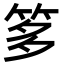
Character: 𥭋